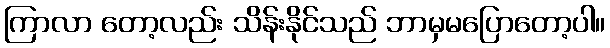
ကြာလာ တော့လည်း သိန်းနိုင်သည် ဘာမှမပြောတော့ပါ။